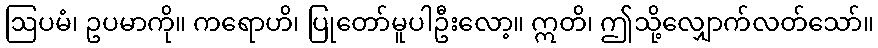
ဩပမံ၊ ဥပမာကို။ ကရောဟိ၊ ပြုတော်မူပါဦးလော့။ ဣတိ၊ ဤသို့လျှောက်လတ်သော်။